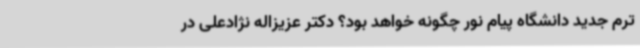
ترم جدید دانشگاه پیام نور چگونه خواهد بود؟ دکتر عزیزاله نژادعلی در